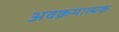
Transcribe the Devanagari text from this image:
अवक्रमात्मक